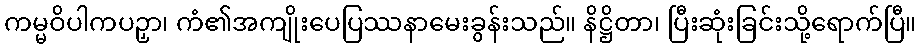
ကမ္မဝိပါကပဉှာ၊ ကံ၏အကျိုးပေပြဿနာမေးခွန်းသည်။ နိဋ္ဌိတာ၊ ပြီးဆုံးခြင်းသို့ရောက်ပြီ။